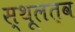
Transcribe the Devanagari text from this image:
स्थूलत्व